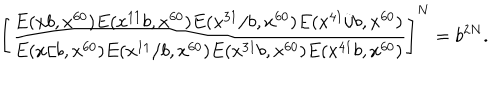
LaTeX: \left[ \frac { E ( x b , x ^ { 6 0 } ) E ( x ^ { 1 1 } b , x ^ { 6 0 } ) E ( x ^ { 3 1 } / b , x ^ { 6 0 } ) E ( x ^ { 4 1 } / b , x ^ { 6 0 } ) } { E ( x / b , x ^ { 6 0 } ) E ( x ^ { 1 1 } / b , x ^ { 6 0 } ) E ( x ^ { 3 1 } b , x ^ { 6 0 } ) E ( x ^ { 4 1 } b , x ^ { 6 0 } ) } \right] ^ { N } = b ^ { 2 N } .